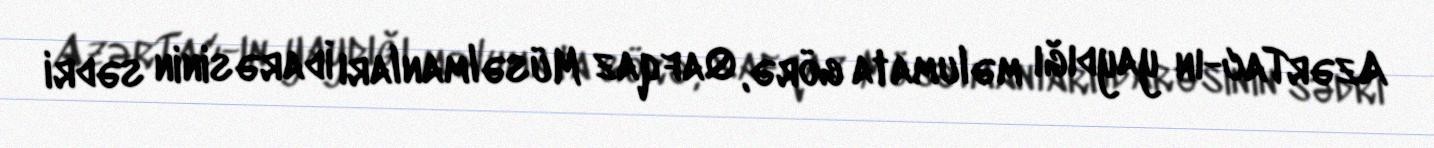
AzərTac-ın yaydığı məlumata görə, Qafqaz Müsəlmanları İdarəsinin sədri